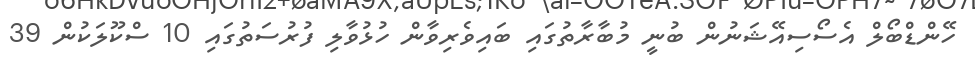
ހޭންޑްބޯލް އެސޯސިއޭޝަނުން ބުނީ މުބާރާތުގައި ބައިވެރިވާން ހުޅުވާލި ފުރުސަތުގައި 10 ސްކޫލަކުން 39